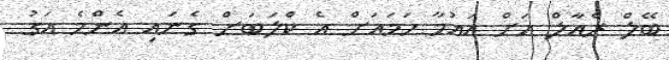
ބޭލް ރެއާލް އަށް އައުމާ ހަމައަށް އެ ކްލަބަށް ގެނައި އެންމެ އަގު